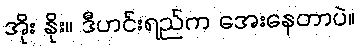
အိုး နိုး။ ဒီဟင်းရည်က အေးနေတာပဲ။